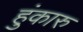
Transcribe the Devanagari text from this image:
हुंकारु